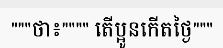
"""ថា៖"""" តើប្អូនកើតថ្ងៃ"""